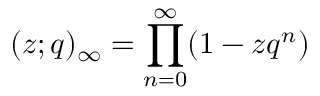
( z ; q ) _ { \infty } = \prod _ { n = 0 } ^ { \infty } ( 1 - z q ^ { n } )